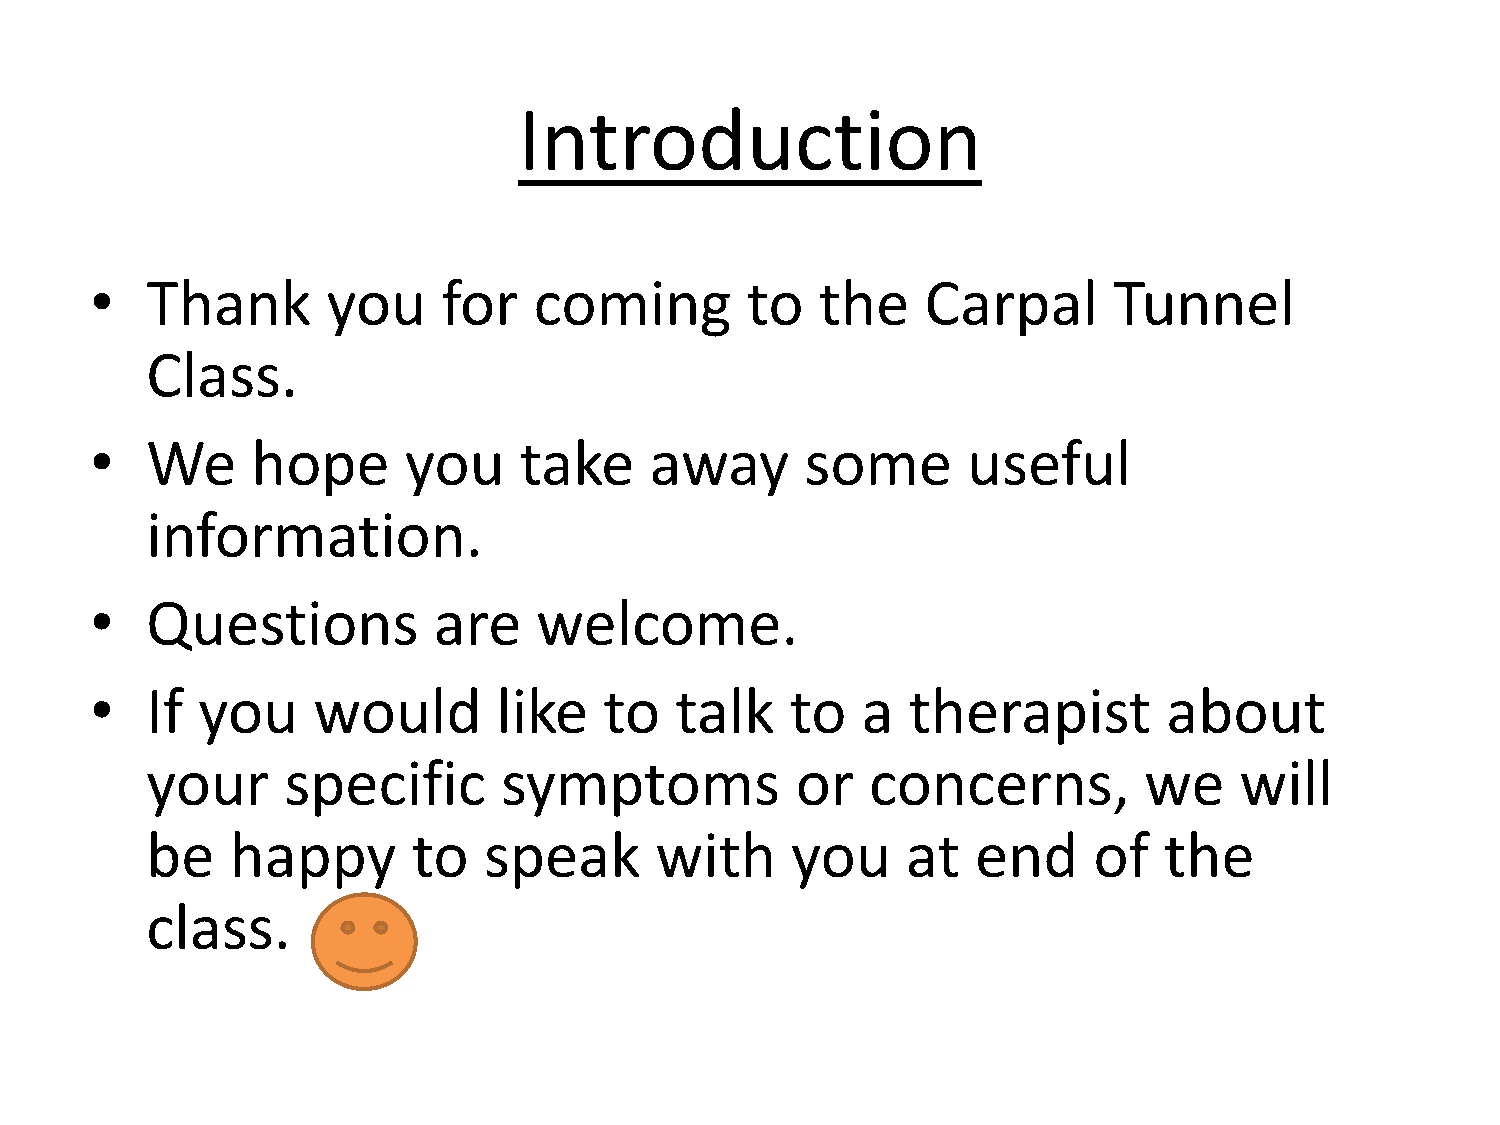
Introduction
 •   Thank       you    for   coming        to   the    Carpal       Tunnel
 Class.
 •   We     hope      you    take     away      some       useful
 information.
 •   Questions          are    welcome.
 •   If you     would       like   to   talk   to   a  therapist        about
 your     specific      symptoms            or   concerns,         we    will
 be   happy       to   speak      with     you     at   end    of   the
 class.